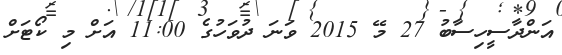
އަންދާސީހިސާބު 27 މޭ 2015 ވަނަ ދުވަހުގެ 11:00 އަށް މި ކޯޓަށް